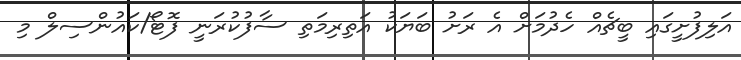
އަލިފުށީގައި ބީޗެއް ހެދުމަށް އެ ރަށު ބަޔަކު އަތިރިމަތި ސާފުކުރަނީ ފޮޓޯ/ކައުންސިލް މި